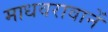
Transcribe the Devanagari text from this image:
माधवरावानें